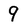
Character: 9